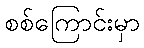
စစ်ကြောင်းမှာ